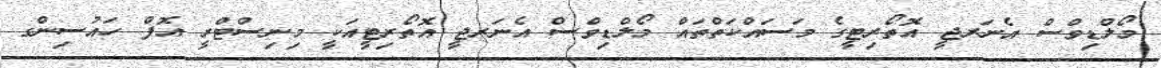
މޯލްޑިވްސް އެނަރޖީ އޮތޯރިޓީގެ މަސައްކަތްތައް މޯލްޑިވްސް އެނަރޖީ އޮތޯރިޓީއަކީ މިނިސްޓްރީ އޮފް ހައުސިންގ